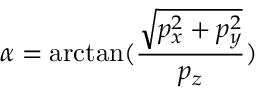
\alpha = \arctan ( \frac { \sqrt { p _ { x } ^ { 2 } + p _ { y } ^ { 2 } } } { p _ { z } } )